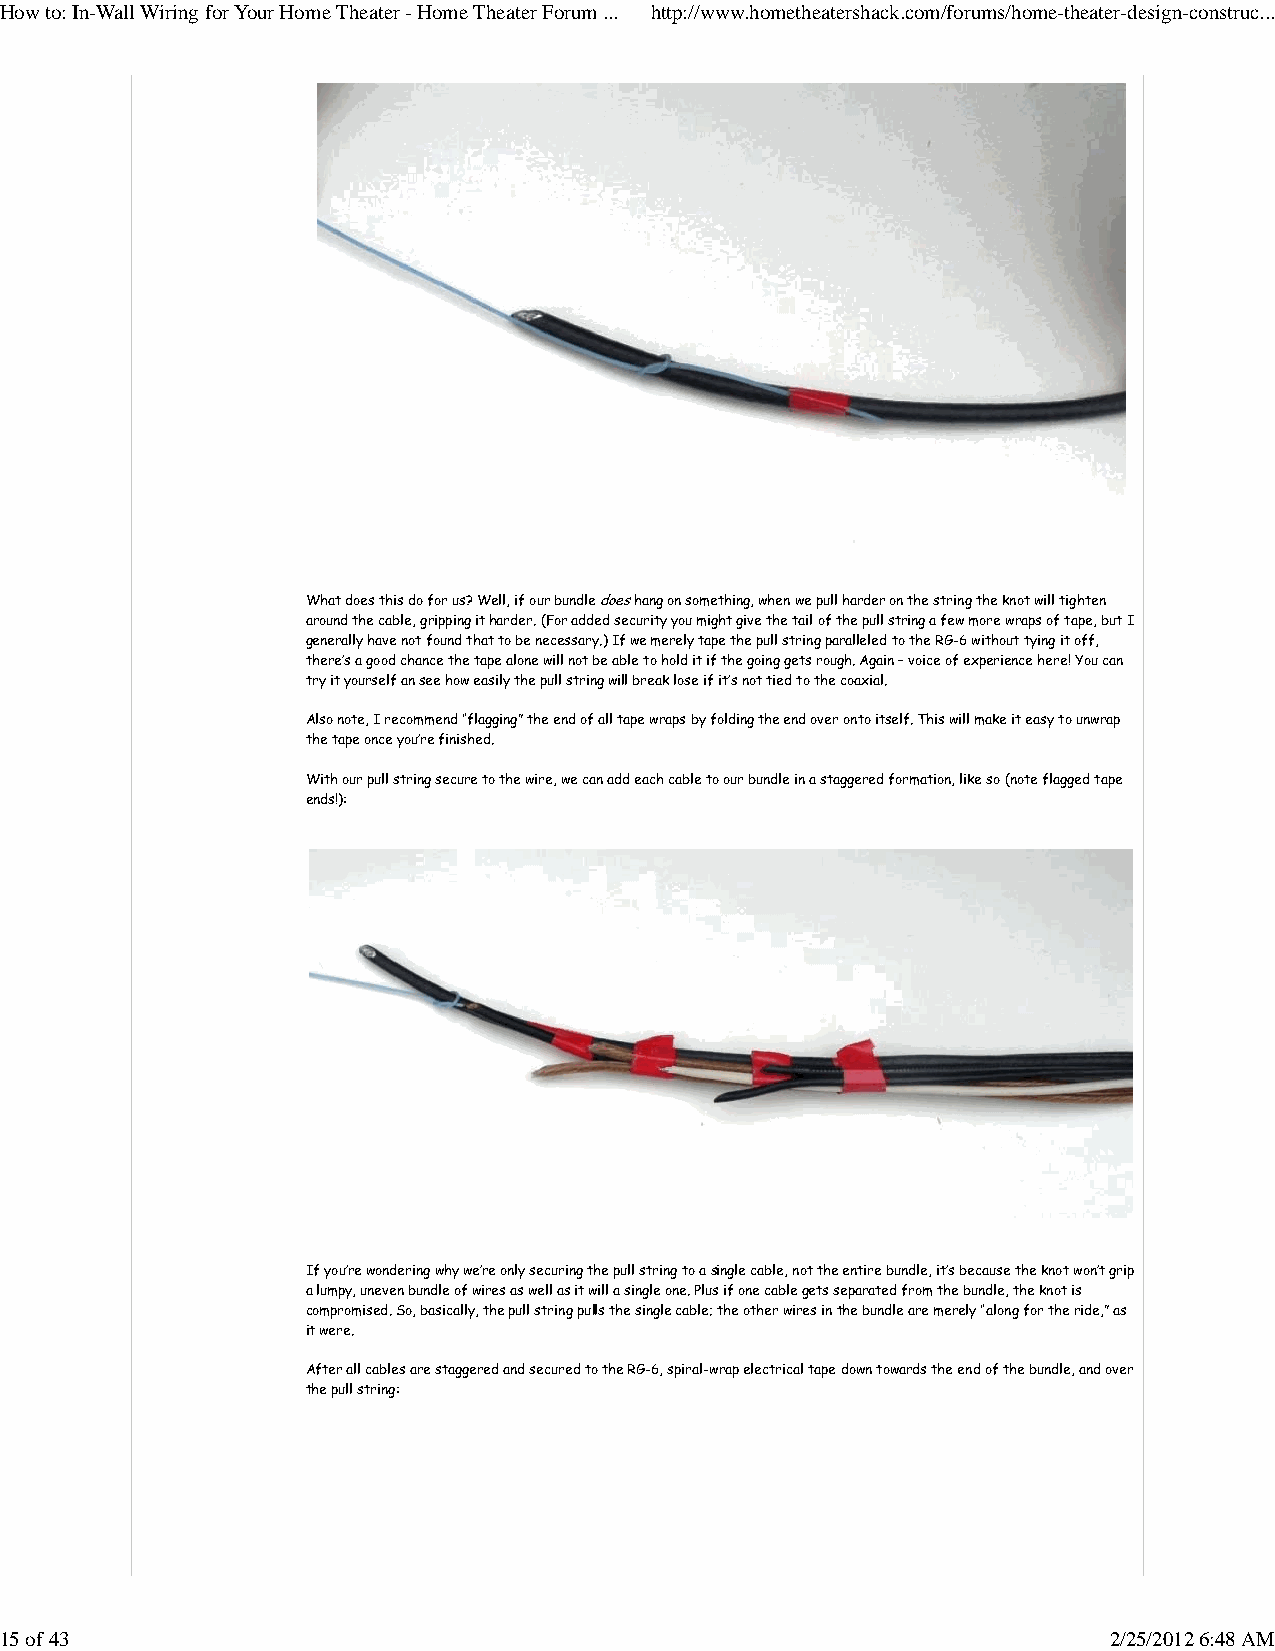
How to: In-Wall Wiring for Your Home Theater - Home Theater Forum ... http://www.hometheatershack.com/forums/home-theater-design-construc...
 What does this do for us? Well, if our bundle does hang on something, when we pull harder on the string the knot will tighten
 around the cable, gripping it harder. (For added security you might give the tail of the pull string a few more wraps of tape, but I
 generally have not found that to be necessary.) If we merely tape the pull string paralleled to the RG-6 without tying it off,
 there’s a good chance the tape alone will not be able to hold it if the going gets rough. Again – voice of experience here! You can
 try it yourself an see how easily the pull string will break lose if it’s not tied to the coaxial.
 Also note, I recommend “flagging” the end of all tape wraps by folding the end over onto itself. This will make it easy to unwrap
 the tape once you’re finished.
 With our pull string secure to the wire, we can add each cable to our bundle in a staggered formation, like so (note flagged tape
 ends!):
 If you’re wondering why we’re only securing the pull string to a single cable, not the entire bundle, it’s because the knot won’t grip
 a lumpy, uneven bundle of wires as well as it will a single one. Plus if one cable gets separated from the bundle, the knot is
 compromised. So, basically, the pull string pulls the single cable; the other wires in the bundle are merely “along for the ride,” as
 it were.
 After all cables are staggered and secured to the RG-6, spiral-wrap electrical tape down towards the end of the bundle, and over
 the pull string:
 15 of 43                                                                 2/25/2012 6:48 AM